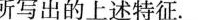
所写出的上述特征。